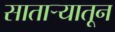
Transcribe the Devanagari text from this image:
सातार्‍यातून